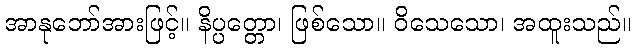
အာနုဘော်အားဖြင့်။ နိပ္ပတ္တော၊ ဖြစ်သော။ ဝိသေသော၊ အထူးသည်။